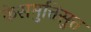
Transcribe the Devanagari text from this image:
केसमुत्तिसुत्त